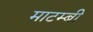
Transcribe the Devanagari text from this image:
माटम्बी